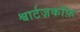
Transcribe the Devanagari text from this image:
श्वार्टज़कॉफ़